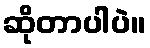
ဆိုတာပါပဲ။